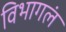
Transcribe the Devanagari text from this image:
विभागलं